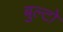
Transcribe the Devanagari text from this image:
बुल्टो